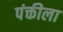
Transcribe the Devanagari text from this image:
पंक्तीला